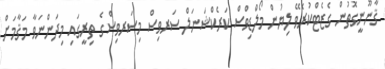
ޤާނޫނީގޮތުން ގެޒެޓްކުރެވޭ ލިޔުން މޯލްޑިވްސް ކަރެކްޝަނަލް ސަރވިސް މިސަރވިސްގެ ތިރީގައި މިދަންނަވާ މަޤާމަށް